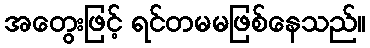
အတွေးဖြင့် ရင်တမမဖြစ်နေသည်။